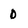
Character: 0